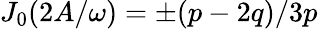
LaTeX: J_{0}(2A/\omega)=\pm(p-2q)/3p